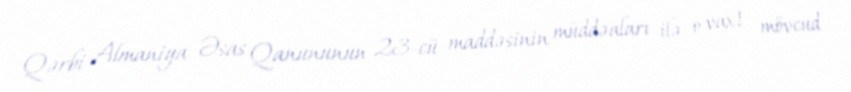
Qərbi Almaniya Əsas Qanununun 23-cü maddəsinin müddəaları ilə o vaxt mövcud